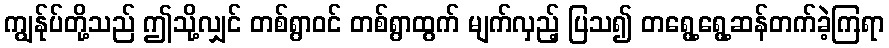
ကျွန်ုပ်တို့သည် ဤသို့လျှင် တစ်ရွာဝင် တစ်ရွာထွက် မျက်လှည့် ပြသ၍ တရွေ့ရွေ့ဆန်တက်ခဲ့ကြရာ